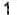
1